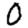
Digit: 0